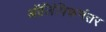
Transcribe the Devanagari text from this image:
ऑलिंपिकनंतर